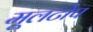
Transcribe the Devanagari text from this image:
मूलटोप